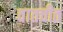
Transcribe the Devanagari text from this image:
वातचीत